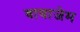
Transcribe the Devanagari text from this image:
वायाजेम